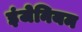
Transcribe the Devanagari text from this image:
इंजेनियम